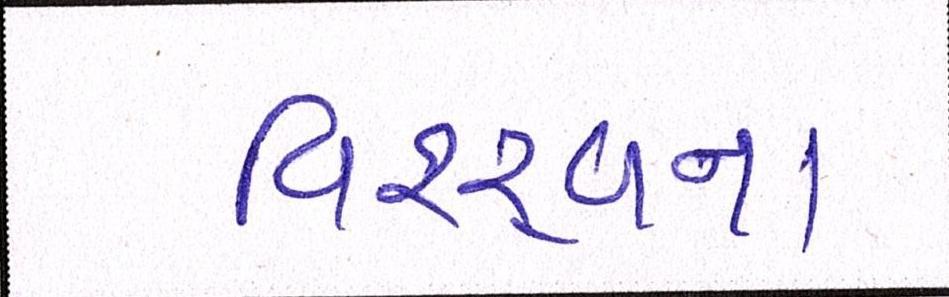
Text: વિશ્ર્વના